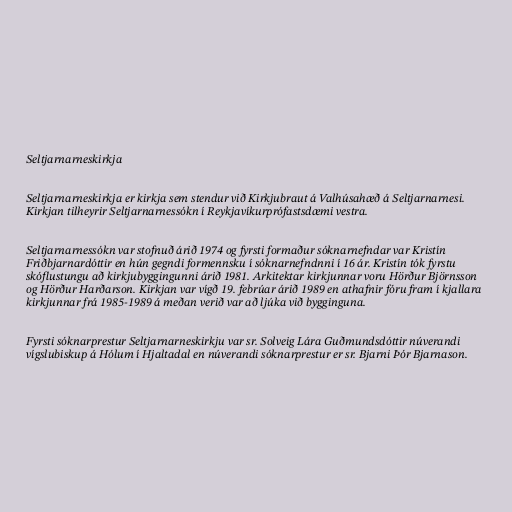
Seltjarnarneskirkja

Seltjarnarneskirkja er kirkja sem stendur við Kirkjubraut á Valhúsahæð á Seltjarnarnesi.
Kirkjan tilheyrir Seltjarnarnessókn í Reykjavíkurprófastsdæmi vestra.

Seltjarnarnessókn var stofnuð árið 1974 og fyrsti formaður sóknarnefndar var Kristín
Friðbjarnardóttir en hún gegndi formennsku í sóknarnefndnni í 16 ár. Kristín tók fyrstu
skóflustungu að kirkjubyggingunni árið 1981. Arkitektar kirkjunnar voru Hörður Björnsson
og Hörður Harðarson. Kirkjan var vígð 19. febrúar árið 1989 en athafnir fóru fram í kjallara
kirkjunnar frá 1985-1989 á meðan verið var að ljúka við bygginguna.

Fyrsti sóknarprestur Seltjarnarneskirkju var sr. Solveig Lára Guðmundsdóttir núverandi
vígslubiskup á Hólum í Hjaltadal en núverandi sóknarprestur er sr. Bjarni Þór Bjarnason.